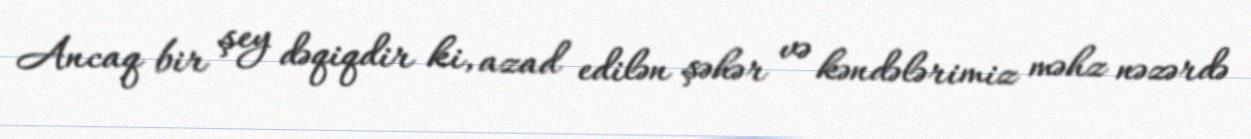
Ancaq bir şey dəqiqdir ki, azad edilən şəhər və kəndələrimiz məhz nəzərdə